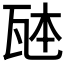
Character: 𪼹